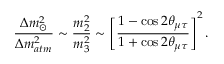
\frac { \Delta m _ { \odot } ^ { 2 } } { \Delta m _ { a t m } ^ { 2 } } \sim \frac { m _ { 2 } ^ { 2 } } { m _ { 3 } ^ { 2 } } \sim \left[ \frac { 1 - \cos 2 \theta _ { \mu \tau } } { 1 + \cos 2 \theta _ { \mu \tau } } \right] ^ { 2 } .